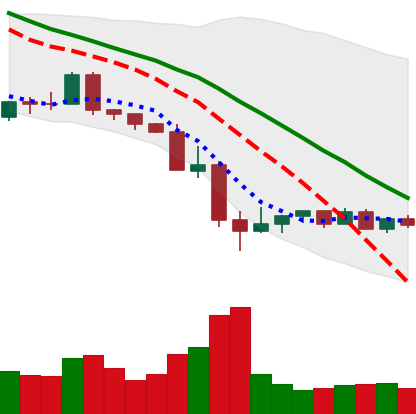
Ticker: NEO-USD
Chart end date: 2022-05-20
Forward return: 14.871%
Label: up_7plus